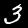
Label: 3